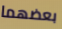
بعضهما